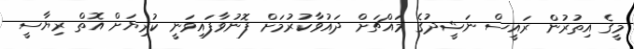
މީގެ އިތުރުން ރައީސް ނަޝީދުގެ މައްޗަށް ދައުވާކުރުމަށް ފޮނުވާފައިވަނީ ކުރިޔަށް އޮތް ރިޔާސީ